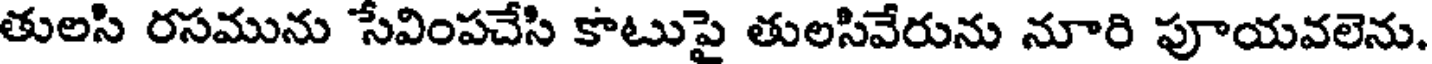
తులసి రసమును సేవింపచేసి కాటుపై తులసివేరును నూరి పూయవలెను.